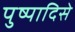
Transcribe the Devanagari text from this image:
पुष्पादिसे